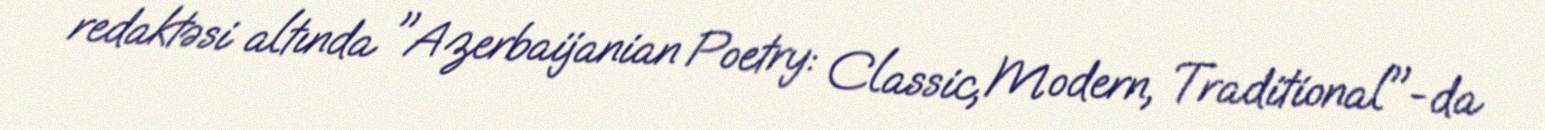
redaktəsi altında "Azerbaijanian Poetry: Classic, Modern, Traditional"-da